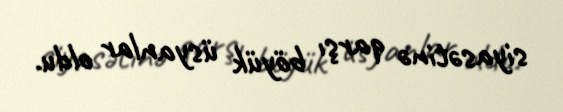
siyasətinə qarşı böyük üsyanlar oldu.